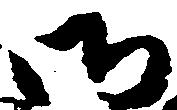
御